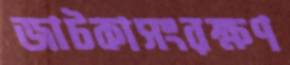
জাটকাসংরক্ষণ